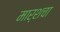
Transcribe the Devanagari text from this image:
मार्शचा